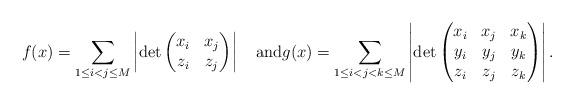
LaTeX: \begin{align*}f(x)=\sum_{1 \le i < j \le M} \left |\det\begin{pmatrix}x_i & x_j \\z_i & z_j \end{pmatrix}\right|\quad\hbox{and}g(x)=\sum_{1 \le i < j < k \le M} \left |\det\begin{pmatrix}x_i & x_j & x_k \\y_i & y_j & y_k \\z_i & z_j & z_k\end{pmatrix}\right|.\end{align*}